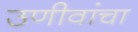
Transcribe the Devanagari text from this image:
उणीवांचा